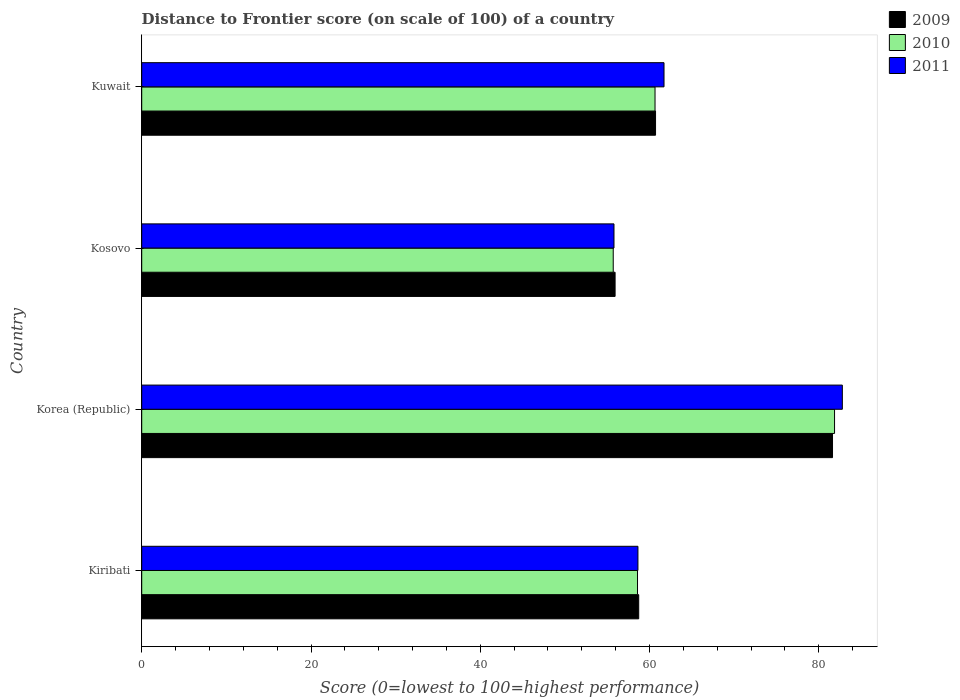
| Country | 2009 | 2010 | 2011 |
 | --- | --- | --- | --- |
 | Kiribati | 58.7 | 58.6 | 58.6 |
 | Korea (Republic) | 81.6 | 81.9 | 82.8 |
 | Kosovo | 55.9 | 55.7 | 55.8 |
 | Kuwait | 60.7 | 60.6 | 61.7 |